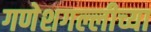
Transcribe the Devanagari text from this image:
गणेशगल्लीच्या